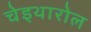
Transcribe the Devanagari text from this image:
चेइथारोल